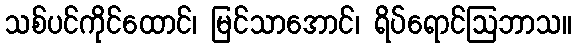
သစ်ပင်ကိုင်ထောင်၊ မြင်သာအောင်၊ ရိပ်ရောင်ဩဘာသ။